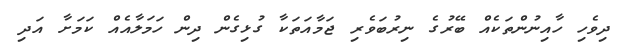
ދިވެހި ހާއިނުންތަކެއް ބޭރުގެ ނިރުބަވެރި ޖަމާއަތަކާ ގުޅިގެން ދިން ހަމަލާއެއް ކަމަށާ އަދި